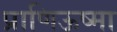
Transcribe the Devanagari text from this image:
प्राणिऊष्मा